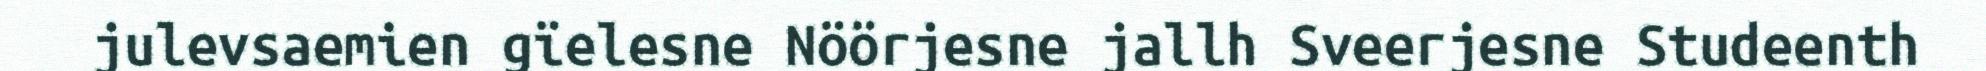
julevsaemien gïelesne Nöörjesne jallh Sveerjesne Studeenth